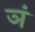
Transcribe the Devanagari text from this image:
ञं